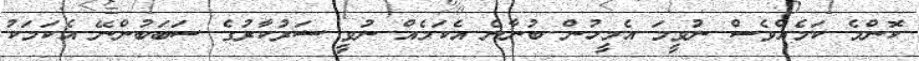
ކޮންމެ ކަމެއްވެސް ނުވީމަ އެމީހުން ބުނާނެ އެކަމެއް ނުވީ ސަރުކާރުގެ ސަބަބުންނޭ އެކަމަކު